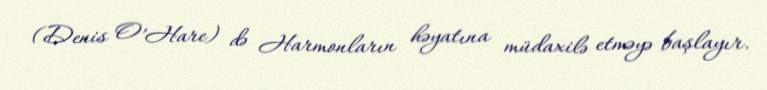
(Denis O’Hare) də Harmonların həyatına müdaxilə etməyə başlayır.